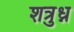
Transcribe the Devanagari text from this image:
शत्रुध्न